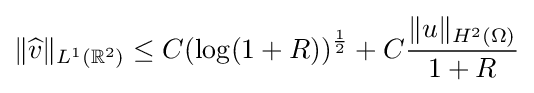
\|{\widehat {v}}\|_{L^{1}(\mathbb {R} ^{2})}\leq C(\log(1+R))^{\frac {1}{2}}+C{\frac {\|u\|_{H^{2}(\Omega )}}{1+R}}